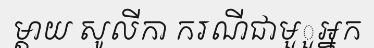
ម្តាយ សូលីកា ករណីជាមួួអ្នក